Vaccination United Provinces of Agra and Oudh 1914-1922 - 1914-1922
Year: 1914
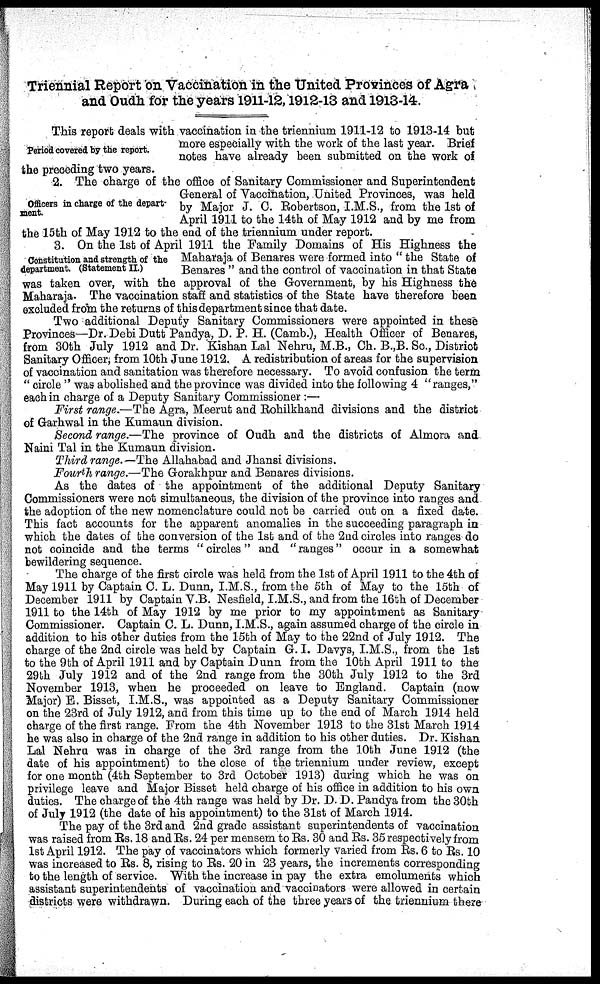
Triennial Report on Vaccination in the United Provinces of Agra
and Oudh for the years 1911-12, 1912-13 and 1913-14.
Period covered by the report.
This report deals with vaccination in the triennium 1911-12 to 1913-14 but
more especially with the work of the last year. Brief
notes have already been submitted on the work of
the preceding two years.
Officers in charge of the depart-
ment.
2. The charge of the office of Sanitary Commissioner and Superintendent
General of Vaccination, United Provinces, was held
by Major J. C. Robertson, I.M.S., from the 1st of
April 1911 to the 14th of May 1912 and by me from
the 15th of May 1912 to the end of the triennium under report.
Constitution and strength of the
department. (Statement II.)
3. On the 1st of April 1911 the Family Domains of His Highness the
Maharaja of Benares were formed into " the State of
Benares " and the control of vaccination in that State
was taken over, with the approval of the Government, by his Highness the
Maharaja. The vaccination staff and statistics of the State have therefore been
excluded from the returns of this department since that date.
Two additional Deputy Sanitary Commissioners were appointed in these
Provinces—Dr. Debi Dutt Pandya, D. P. H. (Camb.), Health Officer of Benares,
from 30th July 1912 and Dr. Kishan Lal Nehru, M.B., Ch. B.,B. Sc., District
Sanitary Officer, from 10th June 1912. A redistribution of areas for the supervision
of vaccination and sanitation was therefore necessary. To avoid confusion the term
" circle " was abolished and the province was divided into the following 4 " ranges,"
each in charge of a Deputy Sanitary Commissioner:—
First range.—The Agra, Meerut and Rohilkhand divisions and the district
of Garhwal in the Kumaun division.
Second range.—The province of Oudh and the districts of Almora and
Naini Tal in the Kumaun division.
Third range.— The Allahabad and Jhansi divisions.
Fourth range.—The Gorakhpur and Benares divisions.
As the dates of the appointment of the additional Deputy Sanitary
Commissioners were not simultaneous, the division of the province into ranges and
the adoption of the new nomenclature could not be carried out on a fixed date.
This fact accounts for the apparent anomalies in the succeeding paragraph in
which the dates of the conversion of the 1st and of the 2nd circles into ranges do
not coincide and the terms " circles" and " ranges" occur in a somewhat
bewildering sequence.
The charge of the first circle was held from the 1st of April 1911 to the 4th of
May 1911 by Captain C. L. Dunn, I.M.S., from the 5th of May to the 15th of
December 1911 by Captain V.B. Nesfield, I.M.S., and from the 16th of December
1911 to the 14th of May 1912 by me prior to my appointment as Sanitary
Commissioner. Captain C. L. Dunn, I.M.S., again assumed charge of the circle in
addition to his other duties from the 15th of May to the 22nd of July 1912. The
charge of the 2nd circle was held by Captain G. I. Davys, I.M.S., from the 1st
to the 9th of April 1911 and by Captain Dunn from the 10th April 1911 to the
29th July 1912 and of the 2nd range from the 30th July 1912 to the 3rd
November 1913, when he proceeded on leave to England. Captain (now
Major) E. Bisset, I.M.S., was appointed as a Deputy Sanitary Commissioner
on the 23rd of July 1912, and from this time up to the end of March 1914 held
charge of the first range. From the 4th November 1913 to the 31st March 1914
he was also in charge of the 2nd range in addition to his other duties. Dr. Kishan
Lal Nehru was in charge of the 3rd range from the 10th June 1912 (the
date of his appointment) to the close of the triennium under review, except
for one month (4th September to 3rd October 1913) during which he was on
privilege leave and Major Bisset held charge of his office in addition to his own
duties. The charge of the 4th range was held by Dr. D. D. Pandya from the 30th
of July 1912 (the date of his appointment) to the 31st of March 1914.
The pay of the 3rd and 2nd grade assistant superintendents of vaccination
was raised from Rs. 18 and Rs. 24 per mensem to Rs. 30 and Rs. 35 respectively from
1st April 1912. The pay of vaccinators which formerly varied from Rs. 6 to Rs. 10
was increased to Rs. 8, rising to Rs. 20 in 23 years, the increments corresponding
to the length of service. With the increase in pay the extra emoluments which
assistant superintendents of vaccination and vaccinators were allowed in certain
districts were withdrawn. During each of the three years of the triennium there